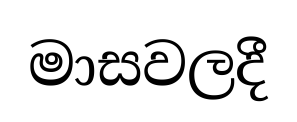
මාසවලදී